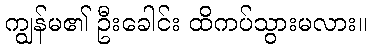
ကျွန်မ၏ ဦးခေါင်း ထိကပ်သွားမလား။